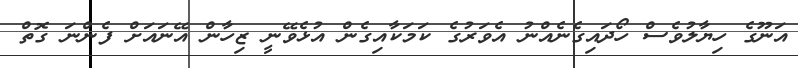
އަނޫގެ ހިޔާލުވެސް ހޯދައިގެނެއްނު އެވަރުގެ ކަމަކާއިގެން އުޅެވޭނީ ޒިހާން އޭނައަށް ފެންނަ ގޮތް